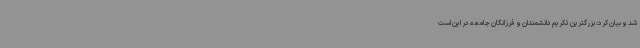
شد و بیان کرد: بزرگترین تکریم دانشمندان و فرزانگان جامعه در این است